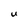
Character: U